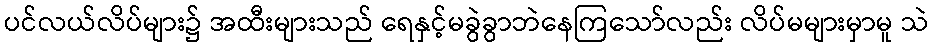
ပင်လယ်လိပ်များ၌ အထီးများသည် ရေနှင့်မခွဲခွာဘဲနေကြသော်လည်း လိပ်မများမှာမူ သဲ